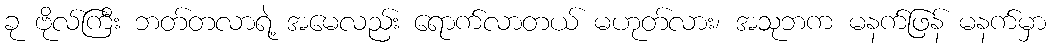
ခု ဗိုလ်ကြီး ဘတ်တလာရဲ့ အမေလည်း ရောက်လာတယ် မဟုတ်လား၊ အသုဘက မနက်ဖြန် မနက်မှာ